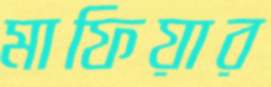
মাফিয়ার